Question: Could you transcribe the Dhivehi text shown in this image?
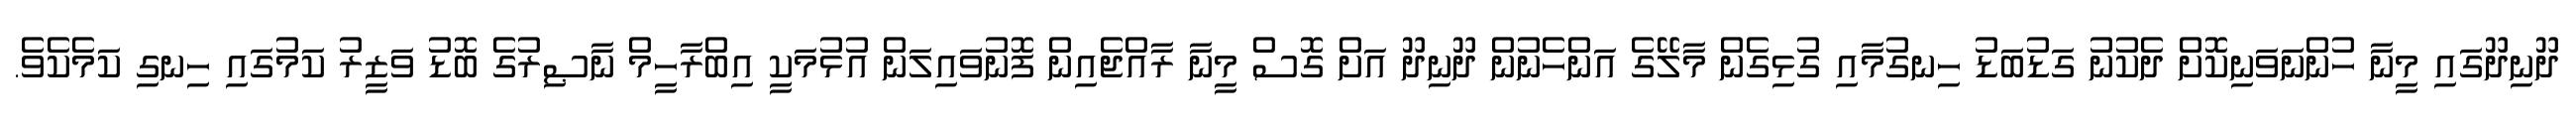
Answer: ދޫނިދޫގައި މީނާ ހުންނަވަނިކޮށް ދެކުނު ގަޑުބަޑު ހިނގުމާއި ގުޅިގެން މާލޭގެ އަންހެނުން ދޫނިދޫ އަށް ގޮސް މީނާ ރާއްޖެއިން ފޮނުވައިލަން އުޅުމަކީ އިބްރާހީމް ނާޞިރުގެ ބޮޑު ވަޒީރު ކަމުގައި ހިނގި ކަމެކެވެ.